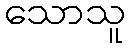
သောသူ